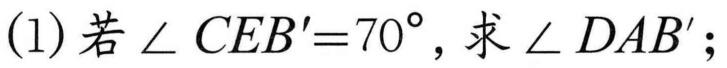
(1)若\(\angle CEB' = 70^{\circ}\),求\(\angle DAB'\);